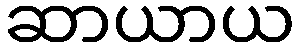
ဆာယာယ